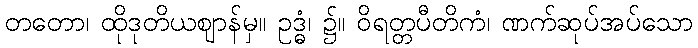
တတော၊ ထိုဒုတိယဈာန်မှ။ ဥဒ္ဓံ၊ ၌။ ဝိရတ္တပီတိကံ၊ ဏက်ဆုပ်အပ်သော